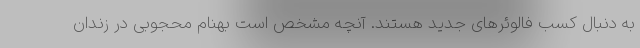
به دنبال کسب فالوئرهای جدید هستند. آنچه مشخص است بهنام محجوبی در زندان